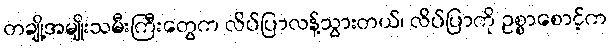
တချို့အမျိုးသမီးကြီးတွေက လိပ်ပြာလန့်သွားတယ်၊ လိပ်ပြာကို ဥစ္စာစောင့်က